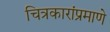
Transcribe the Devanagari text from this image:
चित्रकारांप्रमाणे